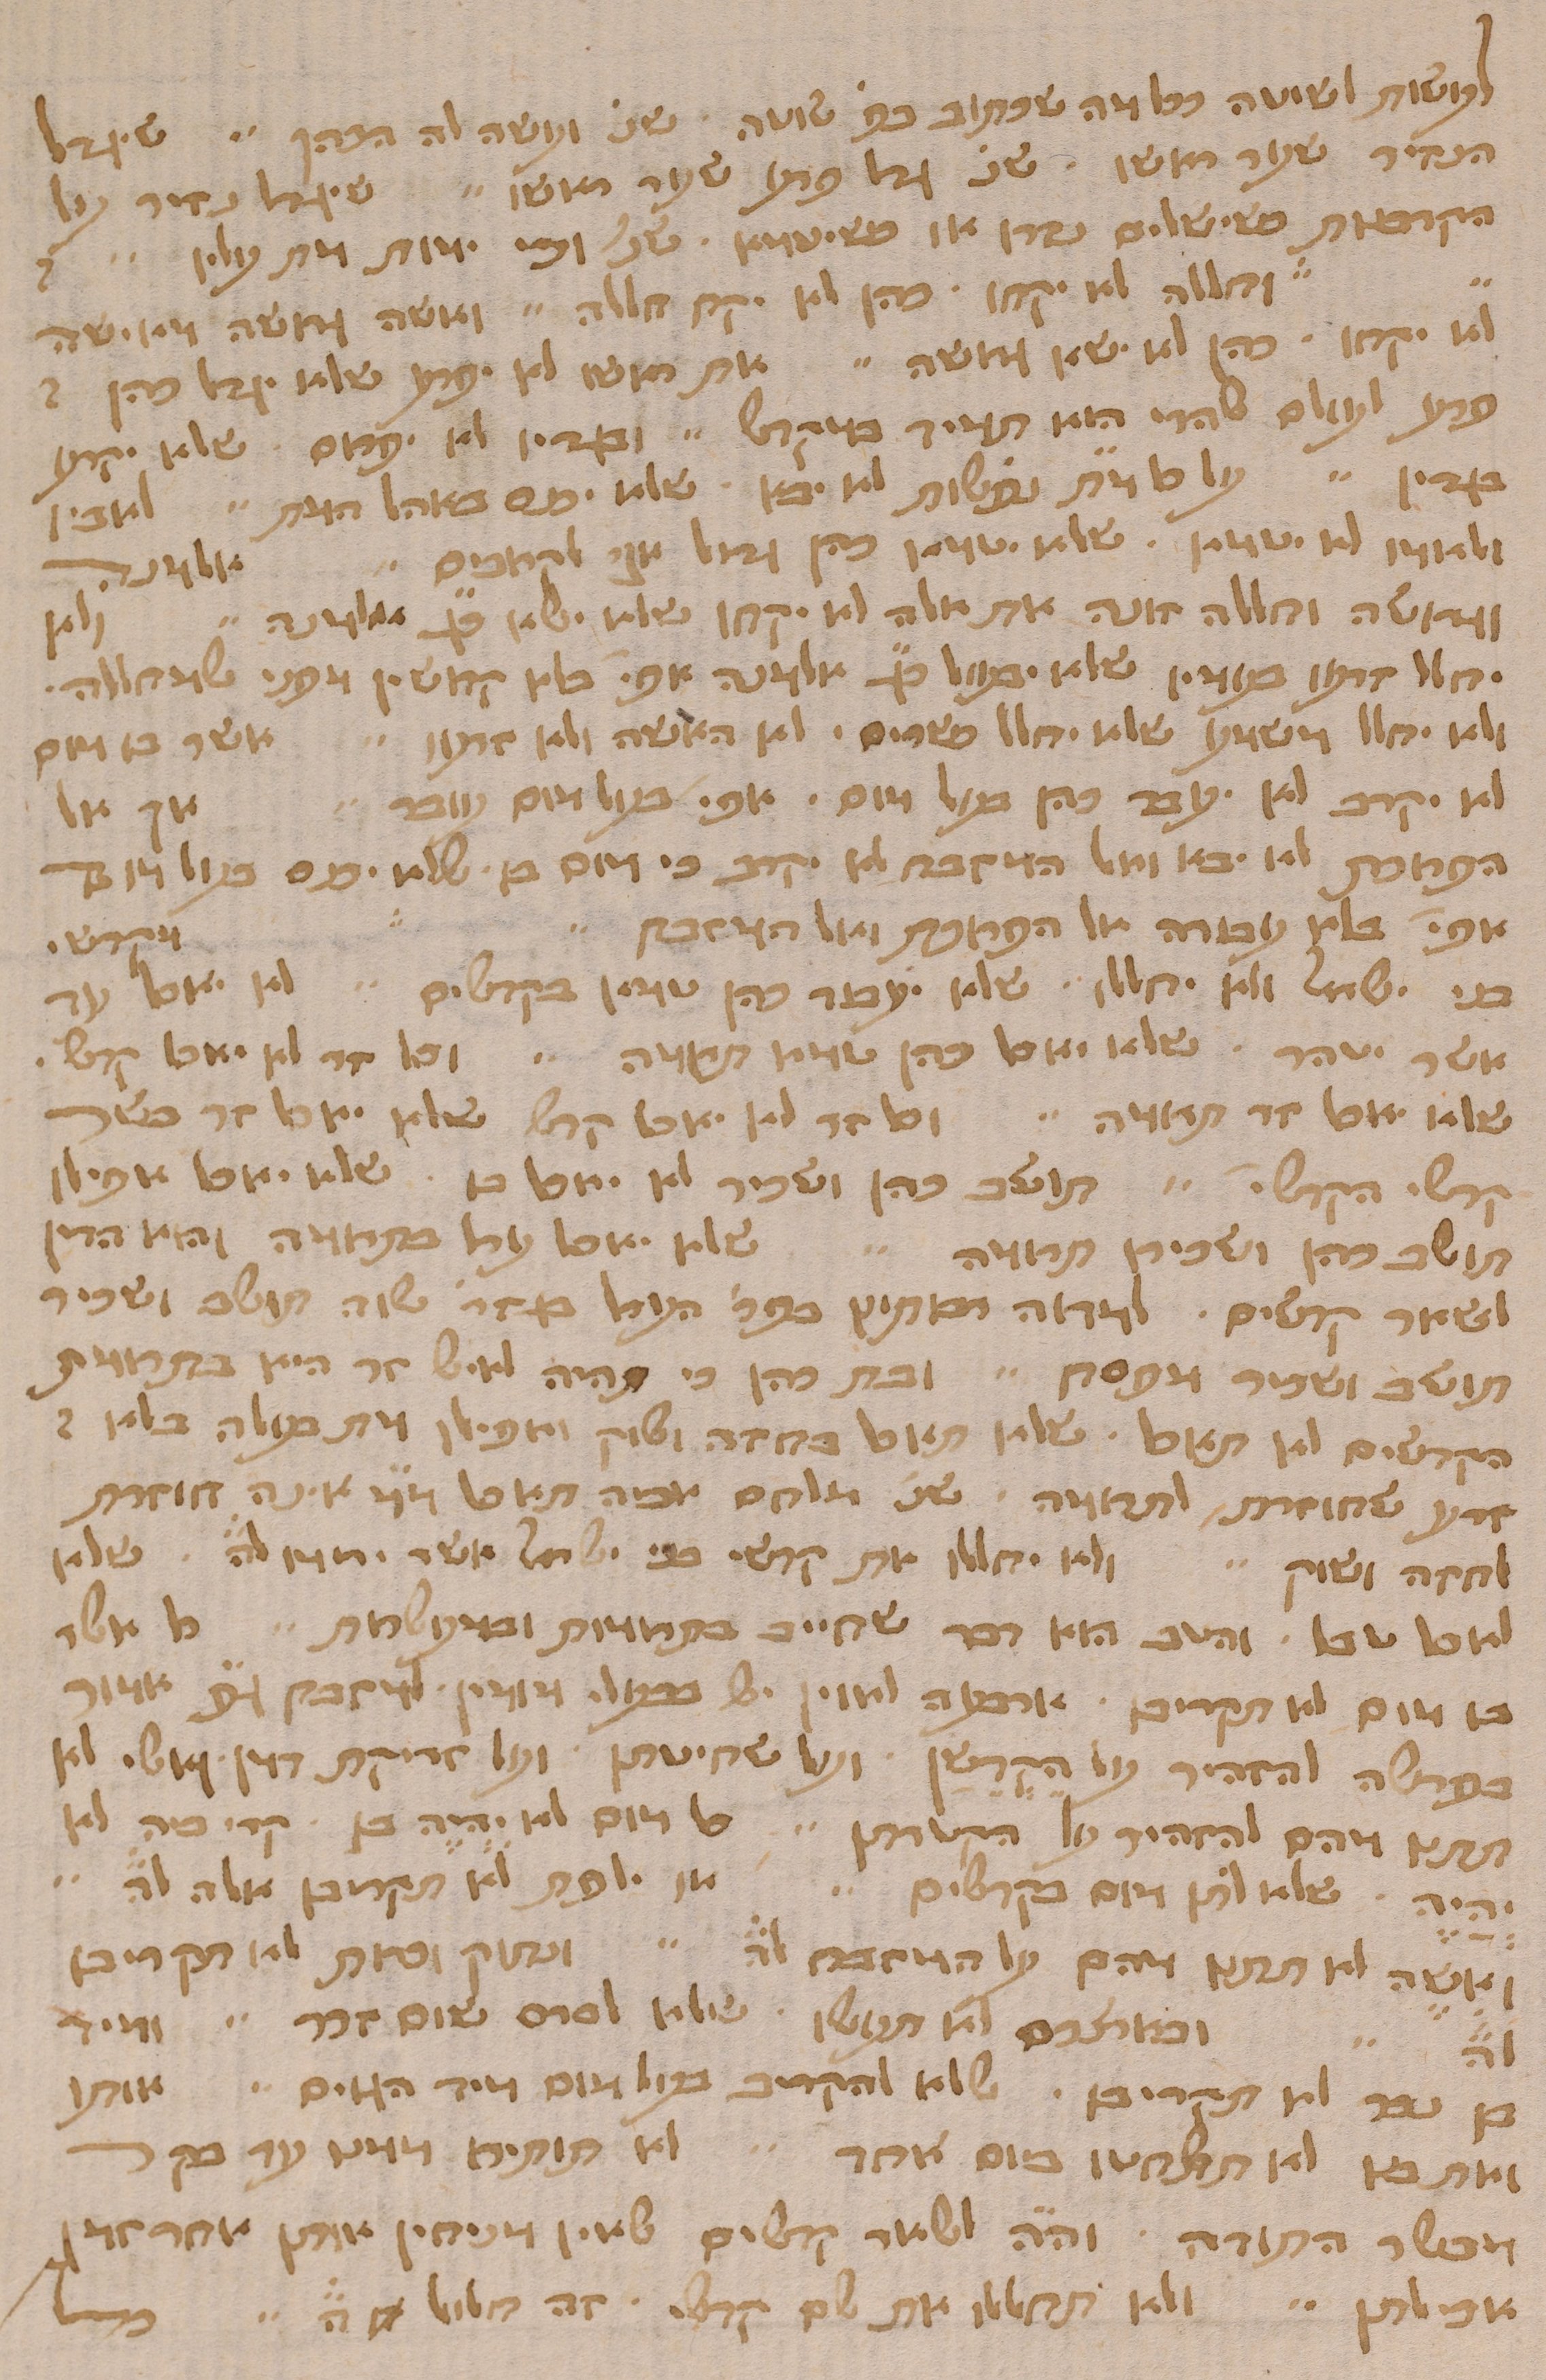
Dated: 1400–1499